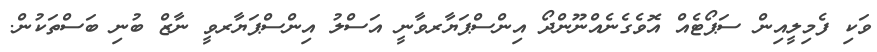
ވަކި ފެމިލީއިން ސަޕޯޓެއް އޮވެގެނެއްނޫންދޯ އިންސްޕަޔާރވާނީ އަސްލު އިންސްޕަޔާރވީ ނާޒް ބުނި ބަސްތަކުން.